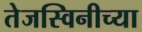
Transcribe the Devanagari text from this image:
तेजस्विनीच्या